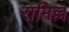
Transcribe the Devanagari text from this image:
रामिल्ल